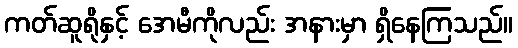
ကတ်ဆူရိုနှင့် အေမီကိုလည်း အနားမှာ ရှိနေကြသည်။